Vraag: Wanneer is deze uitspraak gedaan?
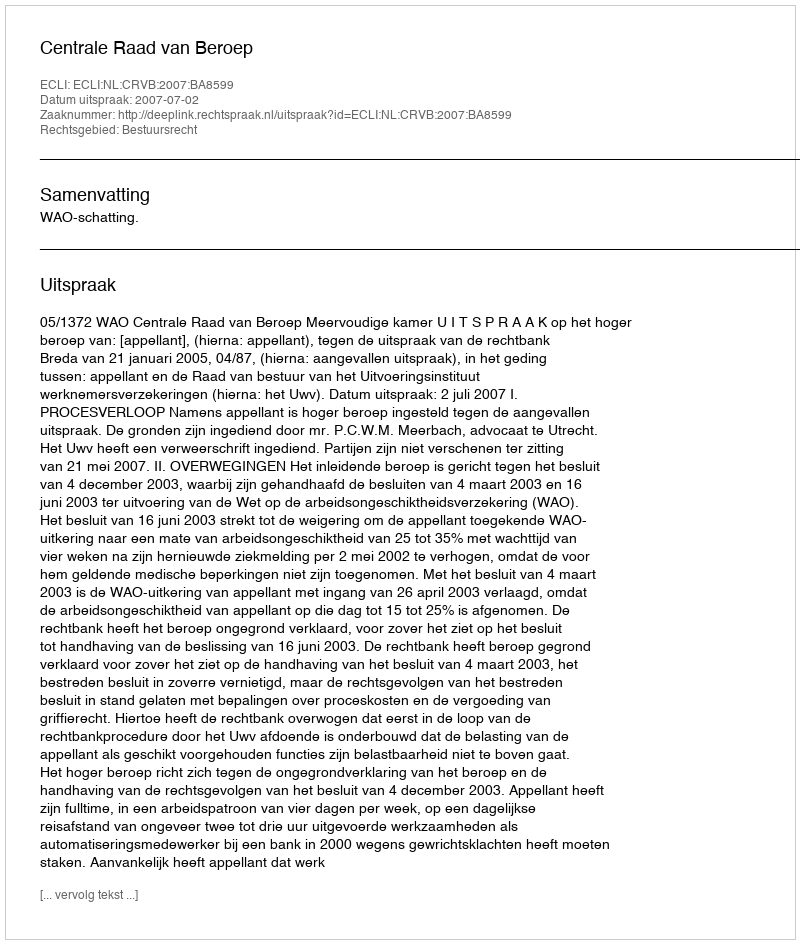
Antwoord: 2007-07-02